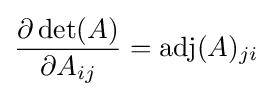
{\partial \det(A) \over \partial A_{ij}}=\operatorname {adj} (A)_{ji}